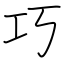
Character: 巧